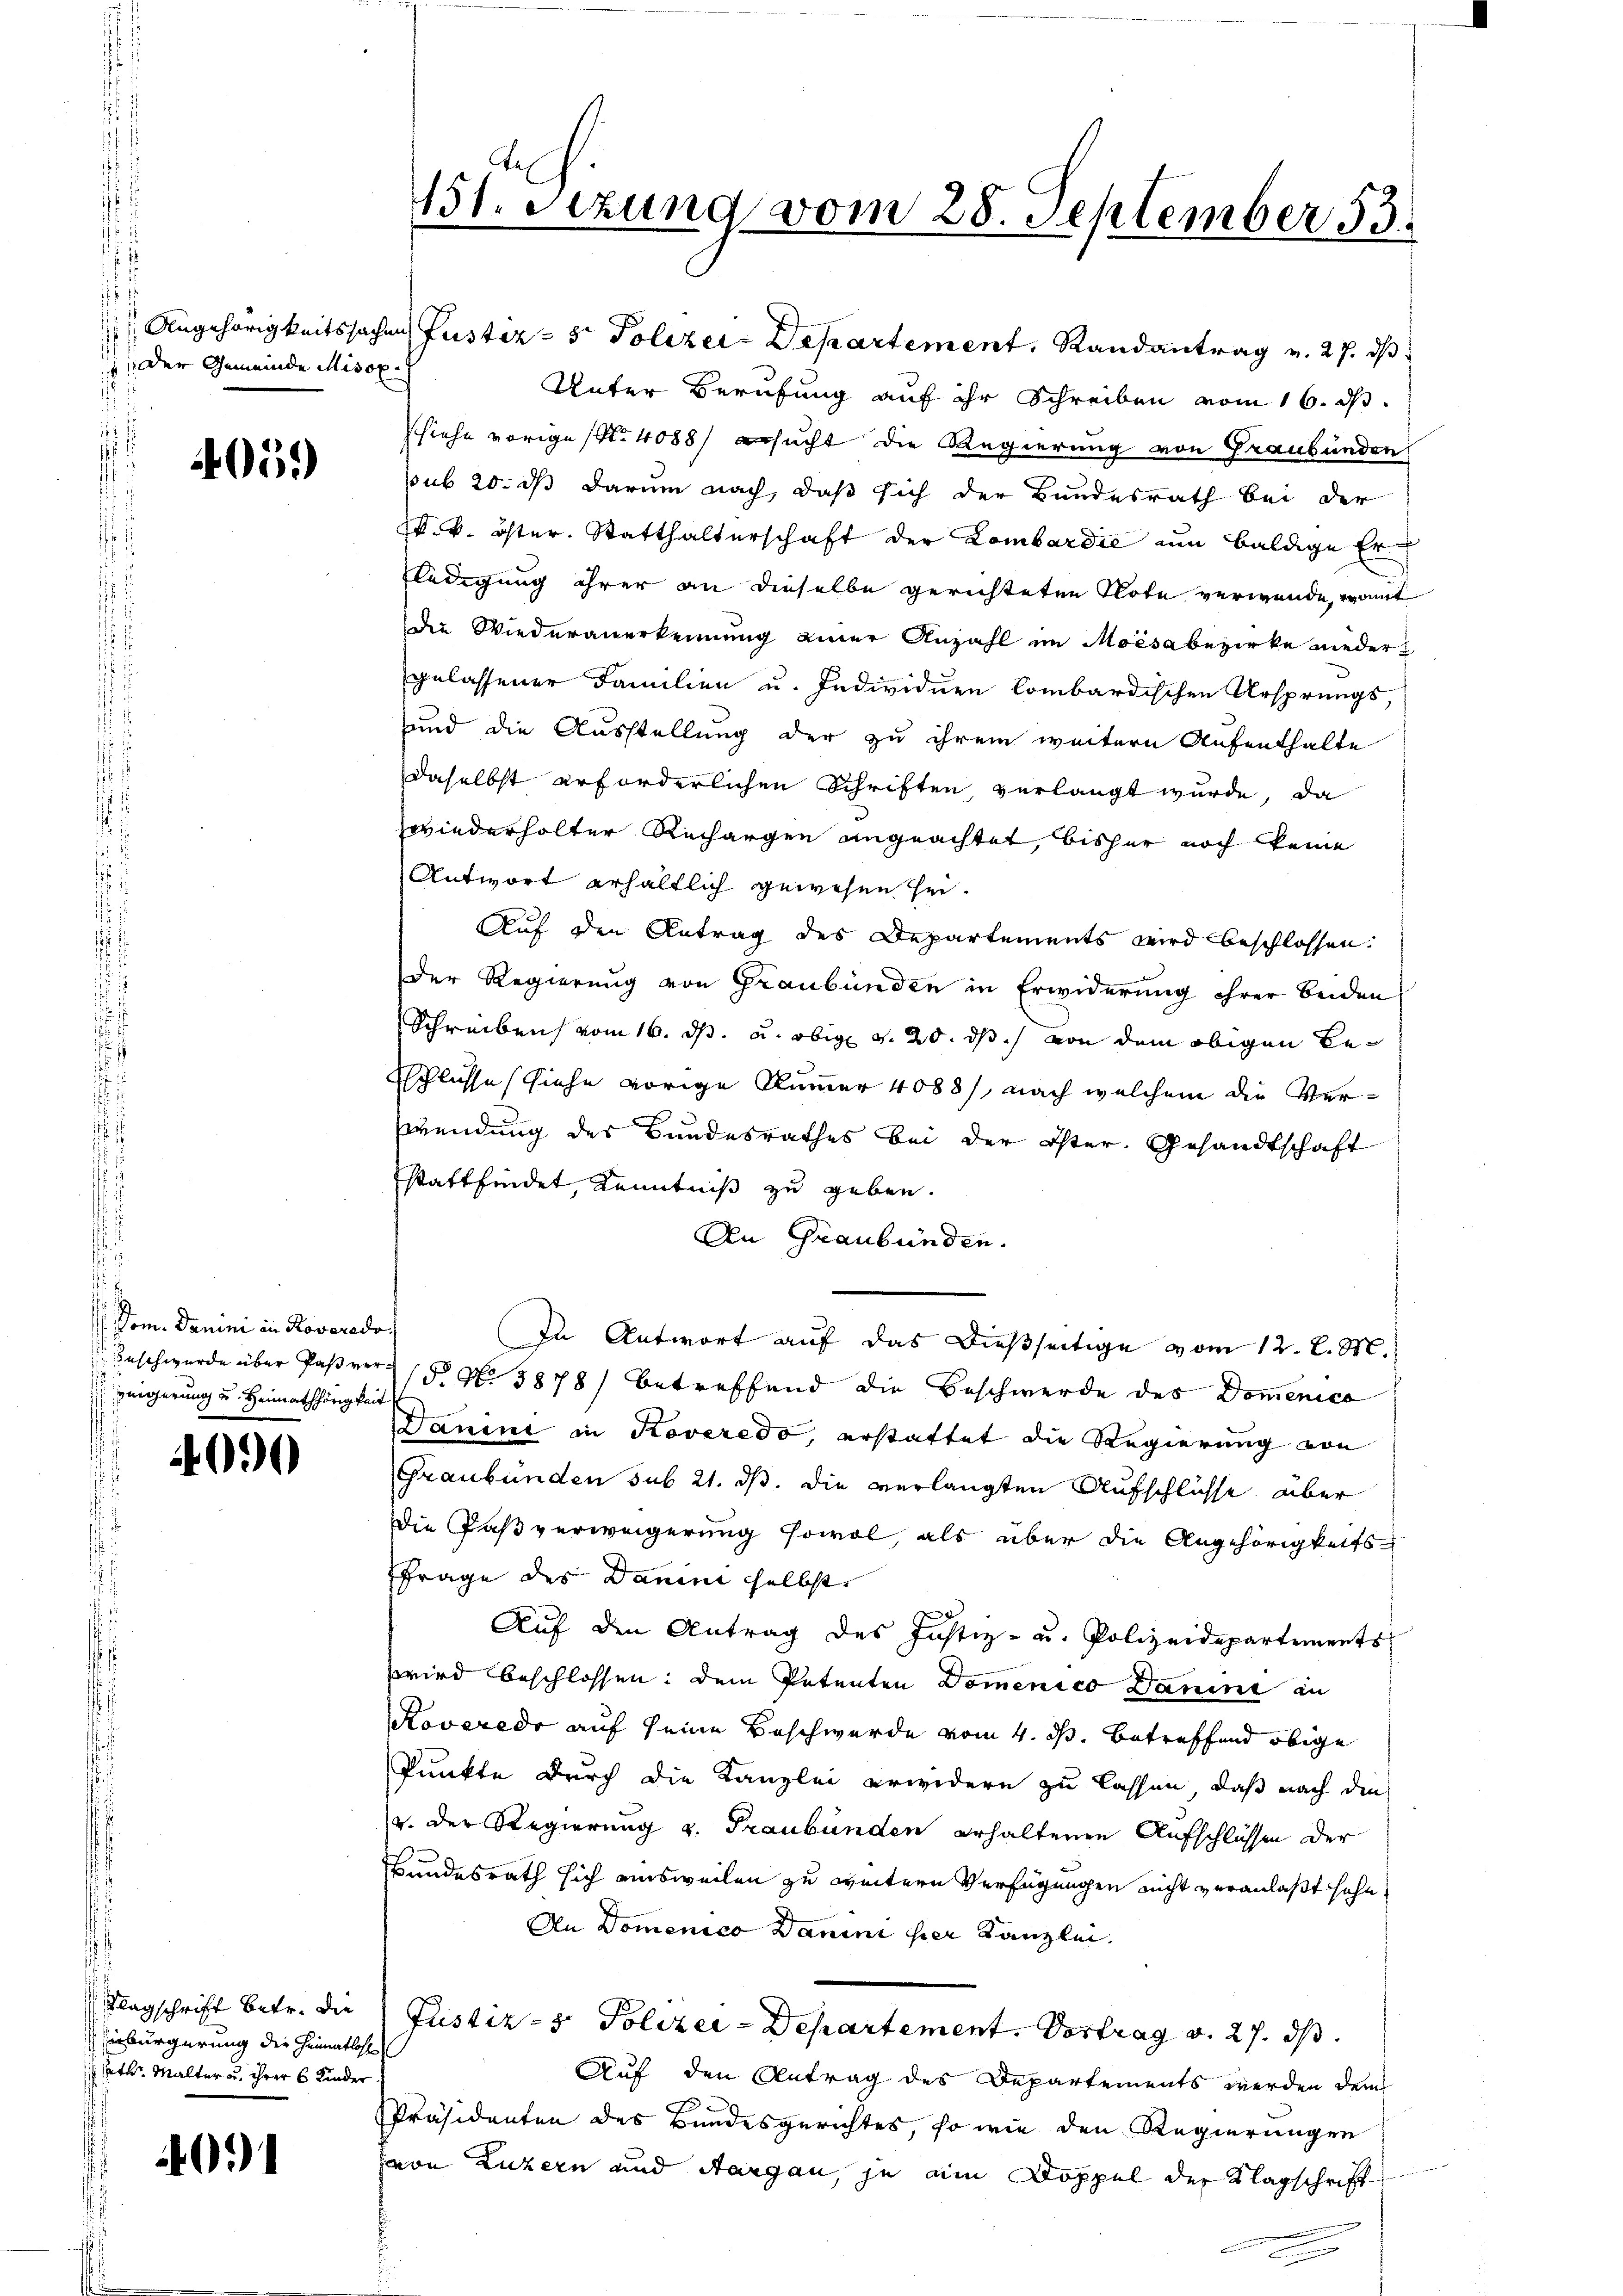
der Gemeinde Misox

405.

om. Danini in Roveredo
 Beschwerde über Paß ver¬
: Beigerung u. Heimathörig kan

4090

Klagschrift betr. die
inbürgerung die Heimatlos
hath Walter u. ihrer 6 Kinder

40

11. Sezung vom 28. September 53.

Angehörigkeitssachen Justiz- & Polizer-Departement, Randantrag v. 27. ds
Unter Berufung auf ihr Schreiben vom 16. ds.
schiehe vorige (Nr. 4088) Besucht die Regierung von Graubünden
pub 20. dß darum nach, daß sich der Bundesrath bei der
k. k. öster. Statthalterschaft der Lombardić um baldige Ern
ledigung ihrer an dieselbe gerichteten Note verwende, womit
die Wiederanerkennung einer Anzahl im Moisa bezirke nieder
gelassener Familien u. Individuen lombardischen Ursprungs-
und die Ausstellung der zu ihrem weitern Aufenthalte
daselbst erforderlichen Schriften, verlangt wurde, da
zwiederholter Richargen angeachtet, bisher noch keine
Antwort erhältlich gewesen sei.
Auf den Antrag des Departements wird beschlossen.
Der Regierung von Graubünden in Erwiderung ihrer beiden
Schreiben vom 16. ds. u. obig v. 20. ds. von dem obigen Besschlusse siehe vorige Nummer 4088), nach welchem die Verwendung des Bandesrathes bei der öster, Gesandtschaft
stattfindet, Kenntniß zu geben.
An Graubünden.
In Antwort auf das dießseitige vom 12. l. M.
(§. N. 3878) betreffend die Beschwerde des Domenico
Danini in Roveredo, erstattet die Regierung von
Graubünden sub 21. ds. die verlangten Aufschlüsse aber
Die Faßverweigerung sowol, als über die Angehörigkeits¬
Frage des Danini selbst.
Aŭf den Antrag des Justiz- u. Polizeidepartements
zwird beschlossen, dem Petenten Domenico Damit in
Roverede auf seine Beschwerde vom 4. ds. betreffend obige
Punkte durch die Kanzlei erwidern zu lassen, daß nach den
v. der Regierung v. Graubünden erhaltenen Aufschlüssen der
Bundesrath sich einsweilen zu weitern Verfügungen nicht veranlaßt sehe,
An Domenico Danini hier Kanzlei.
Justiz- & Polizei-Departement. Vortrag v. 27. ds.
Auf den Antrag des Departements werden dem
Präsidenten des Bundesgerichtes, so wie den Regierungen
von Luzern und Aargau, je ain Doppel der Klagschrift